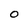
Character: O